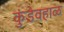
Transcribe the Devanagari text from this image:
कुंडेवहाळ